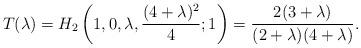
LaTeX: \begin{align*}T(\lambda)=H_2\left(1,0,\lambda, \frac{ (4+\lambda)^2}{4};1\right)=\frac{2 (3 + \lambda)}{(2 + \lambda) (4 + \lambda)}.\end{align*}